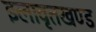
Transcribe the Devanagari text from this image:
इलावृतखण्ड